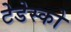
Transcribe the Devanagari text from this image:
टेडेस्को